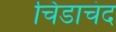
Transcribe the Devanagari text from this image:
चिडाचंद